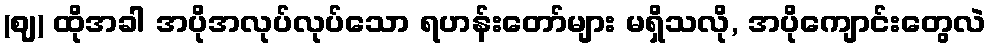
(ဈ) ထိုအခါ အပိုအလုပ်လုပ်သော ရဟန်းတော်များ မရှိသလို, အပိုကျောင်းတွေလဲ